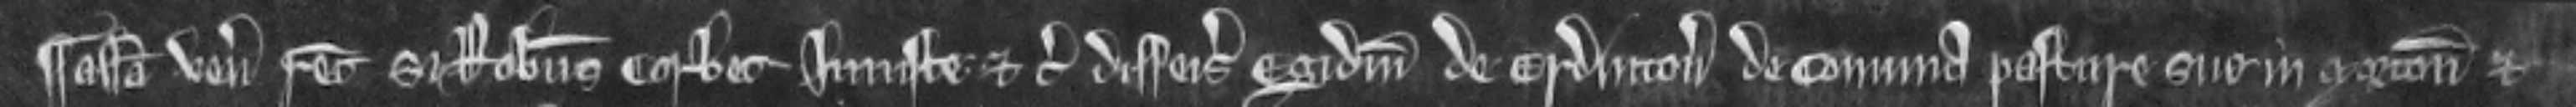
¶ assisa uenit recognitura si Robertus Corbet injuste etc. disseisivit Egidium de Erdinton de communa pasture sue in Morton et